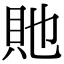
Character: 貤